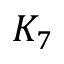
K _ { 7 }